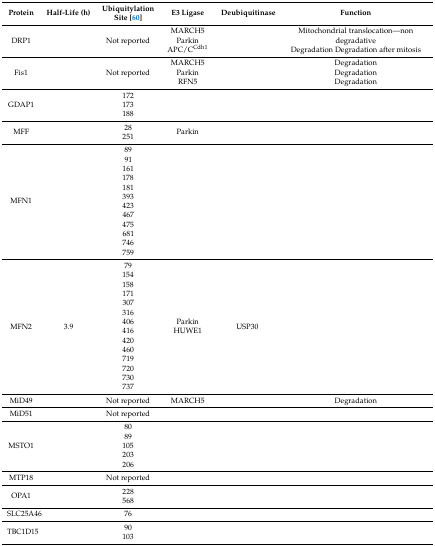
| Protein | Half-Life (h) | Ubiquitylation Site [60] | E3 Ligase | Deubiquitinase | Function |
 | --- | --- | --- | --- | --- | --- |
 | DRP1 |  | Not reported | MARCH5ParkinAPC/CCdh1 |  | Mitochondrial translocation—non degradativeDegradation Degradation after mitosis |
 | Fis1 |  | Not reported | MARCH5ParkinRFN5 |  | DegradationDegradationDegradation |
 | GDAP1 |  | 172173188 |  |  |  |
 | MFF |  | 28251 | Parkin |  |  |
 | MFN1 |  | 8991161178181393423467475681746759 |  |  |  |
 | MFN2 | 3.9 | 79154158171307316406416420460719720730737 | ParkinHUWE1 | USP30 |  |
 | MiD49 |  | Not reported | MARCH5 |  | Degradation |
 | MiD51 |  | Not reported |  |  |  |
 | MSTO1 |  | 8089105203206 |  |  |  |
 | MTP18 |  | Not reported |  |  |  |
 | OPA1 |  | 228568 |  |  |  |
 | SLC25A46 |  | 76 |  |  |  |
 | TBC1D15 |  | 90103 |  |  |  |